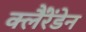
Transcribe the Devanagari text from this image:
क्लैंरेंडेन